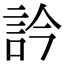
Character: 訡